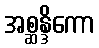
အစ္ဆန္ဒိကော